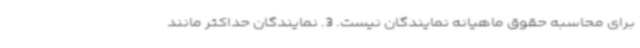
برای محاسبه حقوق ماهیانه نمایندگان نیست. 3. نمایندگان حداکثر مانند